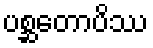
ပစ္ဆတောပိဿ